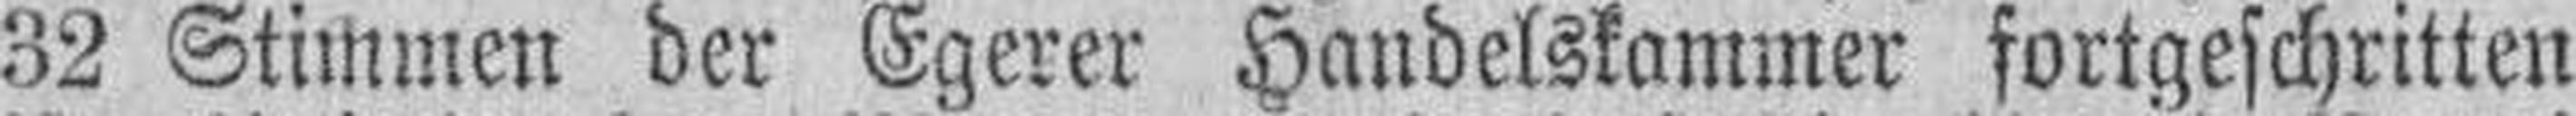
32 Stimmen der Egerer Handelskammer fortgeschritten